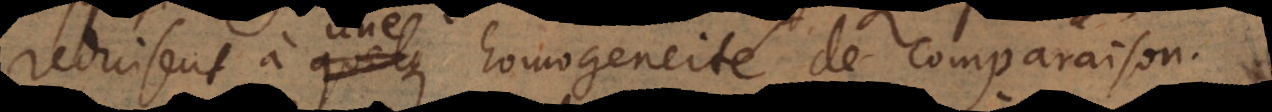
reduisent à une homogeneité de comparais